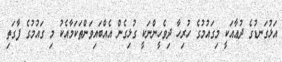
އަޅުގަނޑުގެ ދުޢާއަކީ މިގައުމުގެ ހުރިހާ ދިވެހީންނަކީ ގުޅިގެން އެއްބައިވަންތަކަމާއެކު މި ގައުމުގެ ފާގަތި